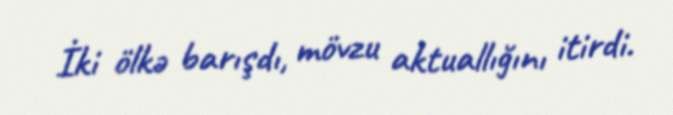
İki ölkə barışdı, mövzu aktuallığını itirdi.